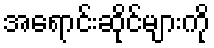
အရောင်းဆိုင်များကို